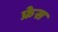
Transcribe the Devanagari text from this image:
फ्रेस